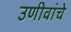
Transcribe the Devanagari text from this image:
उणीवांचे